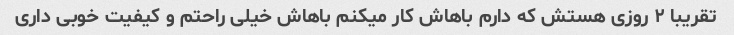
تقریبا ۲ روزی هستش که دارم باهاش کار میکنم باهاش خیلی راحتم و کیفیت خوبی داری